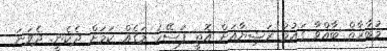
މުބާރާތް ބާއްވާ ގައުމު ރަޝިޔާއަށް އޮތީ ފަސޭހަ މަގެއް ކަމަށް ދެކެނީ. ދެވަނަ